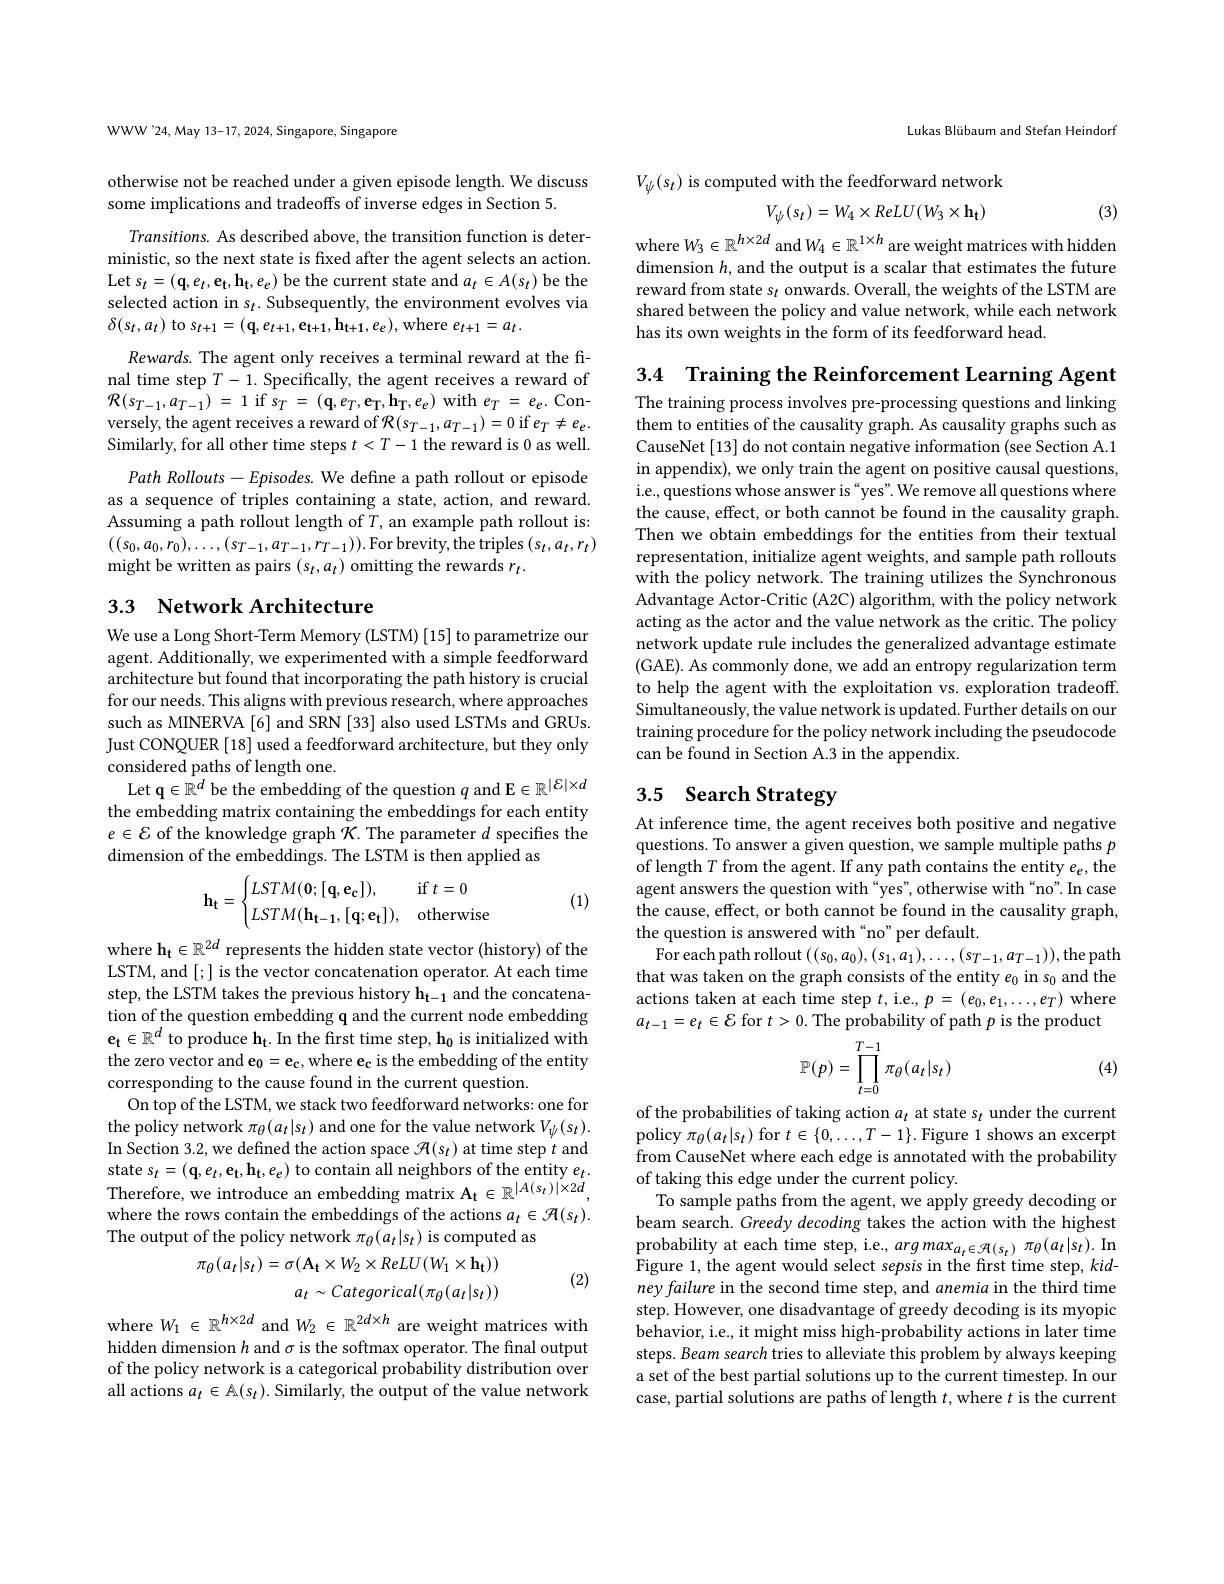
Lukas Blübaum and Stefan Heindorf

$V_\psi(s_t)$ is computed with the feedforward network
$$V_\psi(s_t)=W_4\times ReLU(W_3\times\mathbf{h_t})$$
(3)

where $W_3\in\mathbb{R}^{h\times2d}$ and $W_4\in\mathbb{R}^{1\times h}$ are weight matrices with hidden dimension $h$, and the output is a scalar that estimates the future reward from state $s_t$ onwards. Overall, the weights of the LSTM are shared between the policy and value network, while each network has its own weights in the form of its feedforward head

WWW'24, May 13-17, 2024, Singapore, Singapore

otherwise not be reached under a given episode length. We discuss
some implications and tradeoffs of inverse edges in Section 5

Transitions. As described above, the transition function is deterministic, so the next state is fixed after the agent selects an action. Let $s_{t}= ( \mathbf{q} , e_{t}, \mathbf{e} _{\mathrm{t} }, \mathbf{h} _{\mathrm{t} }, e_{e})$ be the current state and $a_t\in A(s_{t})$ be the selected action in $s_t.$ Subsequently, the environment evolves via $\delta(s_{t},a_{t})$ to $s_t+1=(\mathbf{q},e_{t+1},\mathbf{e}_{t+1},\mathbf{h}_{t+1},e_{e})$,where $e_t+1=a_{t}.$

Rewards. The agent only receives a terminal reward at the final time step $T-1.$ Specifically, the agent receives a reward of ${\mathcal{R} }( s_{T- 1}, a_{T- 1})$ = 1 if$s_T$ = $( \mathbf{q} , e_{T}, \mathbf{e} _{\mathrm{T} }, \mathbf{h} _{\mathrm{T} }, e_{e})$ with$e_T$ = $e_{e}.$Conversely, the agent receives a reward of $\mathcal{R}(s_T-1,a_{T-1})=0$ if $e_T\neq e_e.$ Similarly, for all other time steps $t<T-1$ the reward is 0 as well.
Path Rollouts$-Episodes.$ We define a path rollout or episode as a sequence of triples containing a state, action, and reward. Assuming a path rollout length of $T$, an example path rollout is: $((s_{0},a_{0},r_{0}),\ldots,(s_{T-1},a_{T-1},r_{T-1})).$For brevity, the triples$(s_t,a_t,r_t)$ might be written as pairs $(s_t,a_t)$ omitting the rewards $r_t.$

# 3.3 Network Architecture

We use a Long Short-Term Memory (LSTM) [15] to parametrize our agent. Additionally, we experimented with a simple feedforward architecture but found that incorporating the path history is crucial for our needs. This aligns with previous research, where approaches such as MINERVA [6] and SRN [33] also used LSTMs and GRUs. Just CONQUER [18] used a feedforward architecture, but they only considered paths of length one.
Let q$\in\mathbb{R}^d$ be the embedding of the question $q$ and E$\in\mathbb{R}^|\mathcal{E}|\times d$ the embedding matrix containing the embeddings for each entity $e\in\mathcal{E}$ of the knowledge graph $\mathcal{K}.$ The parameter $d$ specifies the dimension of the embeddings. The LSTM is then applied as

(1)
$$\mathbf{h_t}=\begin{cases}LSTM(\mathbf{0};[\mathbf{q},\mathbf{e_c}]),&\text{if}\:t=0\\LSTM(\mathbf{h_{t-1}},[\mathbf{q};\mathbf{e_t}]),&\text{otherwise}\end{cases}$$
where h$_\mathbf{t}\in\mathbb{R}^{2d}$ represents the hidden state vector (history) of the LSTM, and [;] is the vector concatenation operator. At each time step, the LSTM takes the previous history h$_{\mathrm{t-1}}$ and the concatenation of the question embedding q and the current node embedding $\mathbf{e}_{\mathrm{t}}\in\mathbb{R}^{d}$ to produce h$_\mathbf{t}.$ In the first time step, h$_0$ is initialized with the zero vector and e$_0=\mathbf{e}_{\mathbf{c}}$,where e$_\mathbf{c}$ is the embedding of the entity corresponding to the cause found in the current question.
On top of the LSTM, we stack two feedforward networks: one for the policy network $\pi_\theta(a_t|s_t)$ and one for the value network $V_\psi(s_t).$ In Section 3.2, we defined the action space $\mathcal{H}(s_t)$ at time step $t$ and state $s_{t}= ( \mathbf{q} , e_{t}, \mathbf{e} _{t}, \mathbf{h} _{t}, e_{e})$ to contain all neighbors of the entity $e_{t}.$ Therefore, we introduce an embedding matrix $A_t\in R^| A( s_{t}) | \times 2d$, where the rows contain the embeddings of the actions $a_t\in\mathcal{H}(s_t).$ The output of the policy network $\pi_\theta(a_t|s_t)$ is computed as
$$\pi_{\theta}(a_{t}|s_{t})=\sigma(\mathbf{A_{t}}\times W_{2}\times ReLU(W_{1}\times\mathbf{h_{t}}))$$
(2)
$a_t\sim Categorical(\pi_\theta(a_t|s_t))$

where $W_1\in\mathbb{R}^{h\times2d}$ and $W_2\in\mathbb{R}^{2d\times h}$ are weight matrices with hidden dimension $h$ and $\sigma$ is the softmax operator. The final output of the policy network is a categorical probability distribution over all actions $a_t\in A_{\mathbb{Z}}(s_t).$ Similarly, the output of the value network

3.4 Training the Reinforcement Learning Agent The training process involves pre-processing questions and linking them to entities of the causality graph. As causality graphs such as CauseNet[13] do not contain negative information (see Section A.1 in appendix), we only train the agent on positive causal questions, i.e., questions whose answer is“yes”. We remove all questions where the cause, effect, or both cannot be found in the causality graph. Then we obtain embeddings for the entities from their textual representation, initialize agent weights, and sample path rollouts with the policy network. The training utilizes the Synchronous Advantage Actor-Critic (A2C) algorithm, with the policy network acting as the actor and the value network as the critic. The policy network update rule includes the generalized advantage estimate (GAE). As commonly done, we add an entropy regularization term to help the agent with the exploitation vs. exploration tradeoff. Simultaneously, the value network is updated. Further details on our training procedure for the policy network including the pseudocode can be found in Section A.3 in the appendix.

# 3.5 Search Strategy

At inference time, the agent receives both positive and negative questions. To answer a given question, we sample multiple paths $p$ ${\mathrm{~of~length~}T\text{ from the agent. If any path contains the entity }e_{e},\mathrm{the}}$ agent answers the question with “yes”, otherwise with“no”. In case the cause, effect, or both cannot be found in the causality graph, the question is answered with“no”per default.
For each path rollout $((s_0,a_0),(s_1,a_1),\ldots,(s_{T-1},a_{T-1}))$,the path that was taken on the graph consists of the entity $e_0$ in s$_0$ and the actions taken at each time step $t$, i.e., $p=(e_0,e_1,\ldots,e_T)$ where $a_{t-1}=e_{t}\in\mathcal{E}$ for $t>0.$ The probability of path $p$ is the product
$$\mathbb{P}(p)=\prod\limits_{t=0}^{T-1}\pi_\theta(a_t|s_t)$$
(4)

of the probabilities of taking action $a_t$ at state s$_t$ under the current policy $\pi_\theta(a_t|s_t)$ for $t\in\{0,\ldots,T-1\}.$ Figure 1 shows an excerpt from CauseNet where each edge is annotated with the probability of taking this edge under the current policy.
To sample paths from the agent, we apply greedy decoding or beam search. Greedy decoding takes the action with the highest $\begin{array}{l}{\mathrm{probability~at~each~time~step,~i.e.,~arg~max_{a_{t}\in\mathcal{A}(s_{t})~\pi_{\theta}(a_{t}|s_{t}).~In}}}\\{\mathrm{Figure~1,~the~agent~would~select~sepsis~in~the~first~time~step,~kid-1,~the~agent~would~select~sepsis~in~the~first~time~step,~kid-1,~the~agent~would~select~}}\end{array}$ ney failure in the second time step, and anemia in the third time step. However, one disadvantage of greedy decoding is its myopic behavior, i.e., it might miss high-probability actions in later time steps. Beam search tries to alleviate this problem by always keeping a set of the best partial solutions up to the current timestep. In our case, partial solutions are paths of length $t$,where $t$ is the current